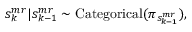
s _ { k } ^ { m r } | s _ { k - 1 } ^ { m r } \sim \mathrm { C a t e g o r i c a l } ( \pi _ { s _ { k - 1 } ^ { m r } } ) ,